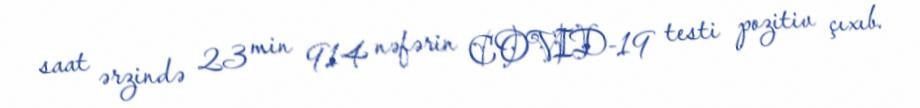
saat ərzində 23 min 914 nəfərin COVID-19 testi pozitiv çıxıb.